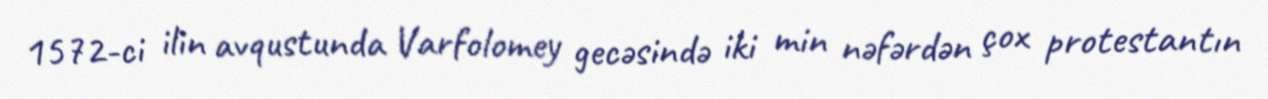
1572-ci ilin avqustunda Varfolomey gecəsində iki min nəfərdən çox protestantın